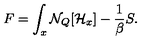
F = \int _ { x } { \cal N } _ { Q } [ { \cal H } _ { x } ] - { \frac { 1 } { \beta } } S .